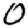
Digit: 0